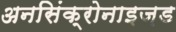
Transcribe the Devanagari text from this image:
अनसिंक्रोनाइज़ड